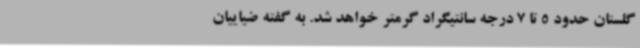
گلستان حدود 5 تا 7 درجه سانتیگراد گرمتر خواهد شد. به گفته ضیاییان